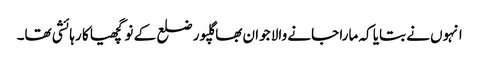
انہوں نے بتایا کہ مارا جانے والا جوان بھاگلپور ضلع کے نوگچھیا کا رہائشی تھا۔